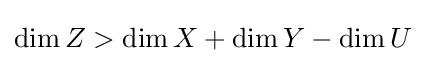
\dim Z>\dim X+\dim Y-\dim U